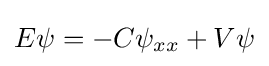
E\psi =-C\psi _{xx}+V\psi